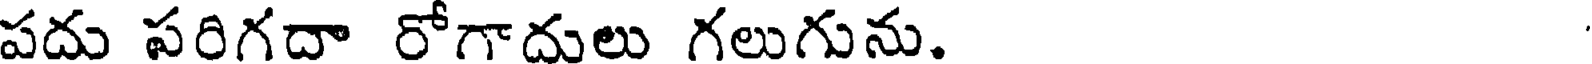
పదు పరిగదా రోగాదులు గలుగును.